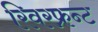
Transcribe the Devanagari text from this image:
रिवरफ्रन्ट